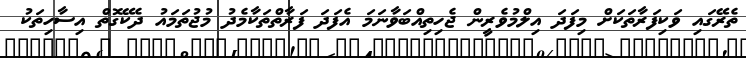
ތެރޭގައި ވަކިފަރާތަކަށް މިފަދަ އިލްމުވެރީން ޖެހިތިއްބަވާނަމަ އެފަދަ ފަރާތްތަކާމެދު މުޖުތަމައު ދެކޭގޮތް އިސާހިތަކު